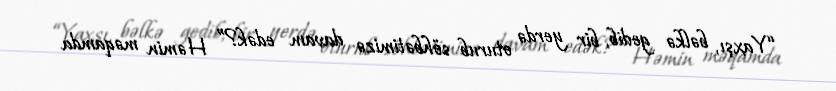
“Yaxşı, bəlkə gedib, bir yerdə oturub söhbətimizə davam edək?” Həmin məqamda